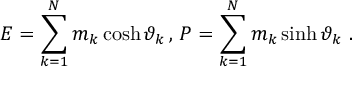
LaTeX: E = \sum _ { k = 1 } ^ { N } m _ { k } \cosh \vartheta _ { k } \, , \, P = \sum _ { k = 1 } ^ { N } m _ { k } \sinh \vartheta _ { k } \, \, .